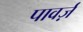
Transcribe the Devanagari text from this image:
पावर्ज़